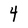
Character: 4